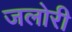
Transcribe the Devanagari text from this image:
जलोरी